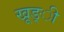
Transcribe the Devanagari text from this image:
खूङ्ी